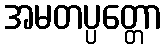
အမတပ္ပတ္တော